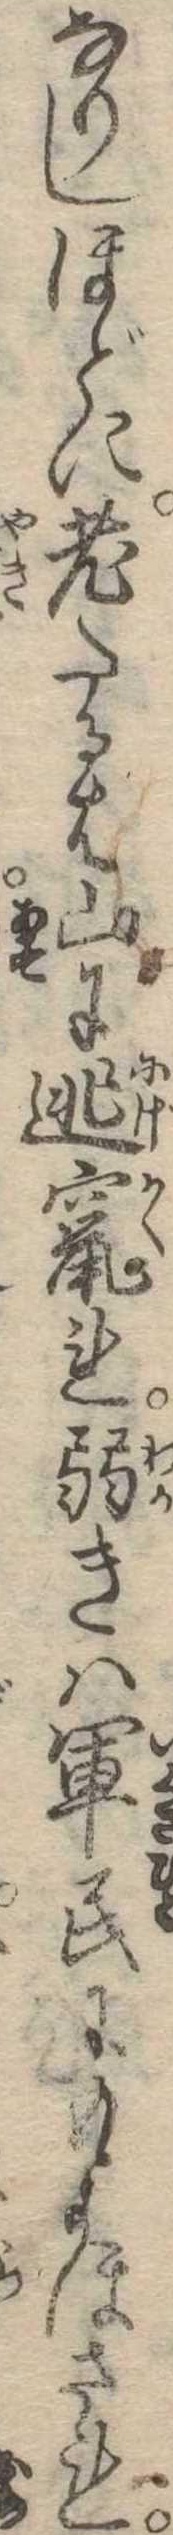
なりしほどに老たるは山に逃竄れ弱きは軍人にもよほされ